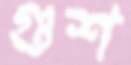
গুশ